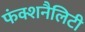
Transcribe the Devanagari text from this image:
फंक्शनैलिटी